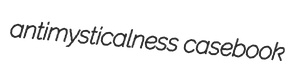
antimysticalness casebook